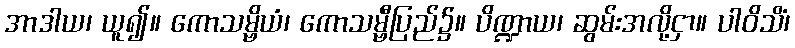
အာဒါယ၊ ယူ၍။ ကောသမ္ဗိယံ၊ ကောသမ္ဗီပြည်၌။ ပိဏ္ဍာယ၊ ဆွမ်းအလို့ငှာ။ ပါဝိသိံ၊